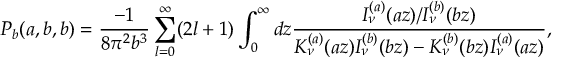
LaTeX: P _ { b } ( a , b , b ) = \frac { - 1 } { 8 \pi ^ { 2 } b ^ { 3 } } \sum _ { l = 0 } ^ { \infty } ( 2 l + 1 ) \int _ { 0 } ^ { \infty } d z \frac { I _ { \nu } ^ { ( a ) } ( a z ) / I _ { \nu } ^ { ( b ) } ( b z ) } { K _ { \nu } ^ { ( a ) } ( a z ) I _ { \nu } ^ { ( b ) } ( b z ) - K _ { \nu } ^ { ( b ) } ( b z ) I _ { \nu } ^ { ( a ) } ( a z ) } ,